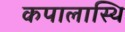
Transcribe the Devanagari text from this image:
कपालास्थि